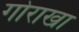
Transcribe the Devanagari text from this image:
गोराखा